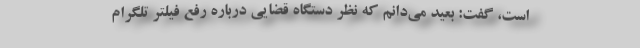
است، گفت: بعید می‌دانم که نظر دستگاه قضایی درباره رفع فیلتر تلگرام